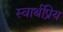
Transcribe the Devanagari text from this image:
स्वार्थप्रिय